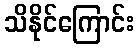
သိနိုင်ကြောင်း